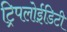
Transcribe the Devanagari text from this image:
ट्रिपलोईडिटी